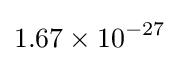
1.67\times 10^{-27}